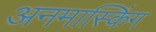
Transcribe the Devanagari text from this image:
अनमास्किंग